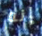
إنه